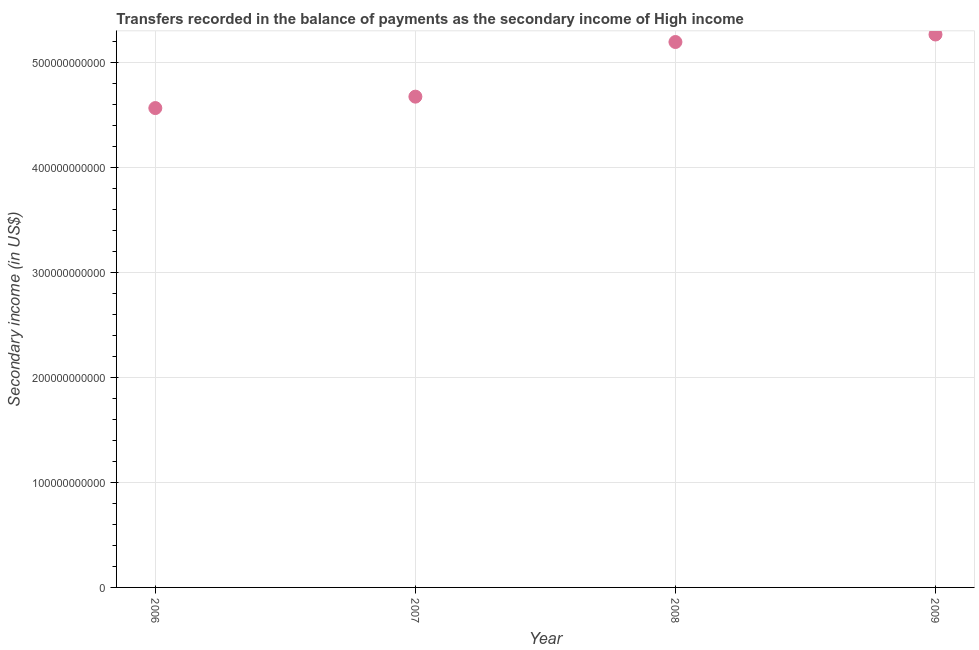
| Year | Secondary income |
 | --- | --- |
 | 2006 | 4.56e+11 |
 | 2007 | 4.67e+11 |
 | 2008 | 5.19e+11 |
 | 2009 | 5.26e+11 |